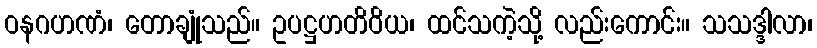
ဝနဂဟဏံ၊ တောချုံသည်။ ဥပဋ္ဌဟတိဝိယ၊ ထင်သကဲ့သို့ လည်းကောင်း။ သသဒ္ဒါလာ၊